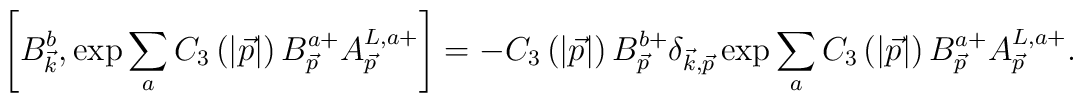
\left[ B_{\vec{k}}^b,\exp \sum\limits_aC_3\left(\left|\vec{p}\right| \right) B_{\vec{p}}^{a+}A_{\vec{p}}^{L,a+}\right]=-C_3\left(\left| \vec{p} \right| \right) B_{\vec{p}}^{b+}\delta_{\vec{k},\vec{p}}\exp \sum\limits_aC_3\left(\left| \vec{p}\right|\right) B_{\vec{p}}^{a+}A_{\vec{ p}}^{L,a+}.